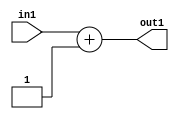
`timescale 1ps / 1ps
/*****************************************************************************
    Verilog RTL Description
    
    
    Created by: Stratus DpOpt 2019.1.01 
*******************************************************************************/

module st_weight_addr_gen_Add2i1u16_4_4 (
	in1,
	out1
	); /* architecture "behavioural" */ 
input [15:0] in1;
output [15:0] out1;
wire [15:0] asc001;

assign asc001 = 
	+(in1)
	+(16'B0000000000000001);

assign out1 = asc001;
endmodule

/* CADENCE  ubHxSQs= : u9/ySgnWtBlWxVPRXgAZ4Og= ** DO NOT EDIT THIS LINE ******/